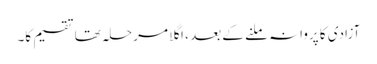
آزادی کا پروانہ ملنے کے بعد ، اگلا مرحلہ تھا تقسیم کا۔